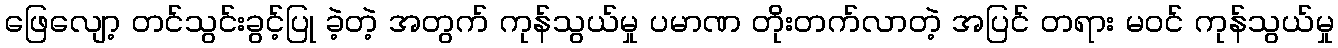
ဖြေလျော့ တင်သွင်းခွင့်ပြု ခဲ့တဲ့ အတွက် ကုန်သွယ်မှု ပမာဏ တိုးတက်လာတဲ့ အပြင် တရား မဝင် ကုန်သွယ်မှု